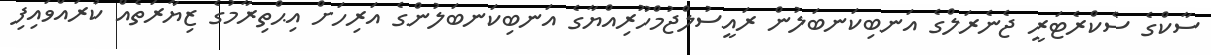
ސާކްގެ ސެކްރެޓަރީ ޖެނެރަލްގެ އަނބިކަނބަލުން ރައީސުލްޖުމްހޫރިއްޔާގެ އަނބިކަނބަލުންގެ އަރިހަށް އިޙްތިރާމުގެ ޒިޔާރަތެއް ކުރައްވައިފި